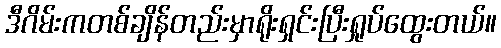
ဒီဂိမ်းကတစ်ချိန်တည်းမှာရိုးရှင်းပြီးရှုပ်ထွေးတယ်။